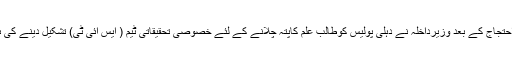
طلبہ کے احتجاج کے بعد وزیرداخلہ نے دہلی پولیس کوطالب علم کاپتہ چلانے کے لئے خصوصی تحقیقاتی ٹیم ( ایس ائی ٹی) تشکیل دینے کی ہدایت تھی۔